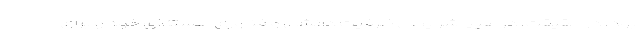
بود. در حقیقت، در هیچ شرایطی ظرفیت دانشی و فناوری هسته‌ای خود را برای